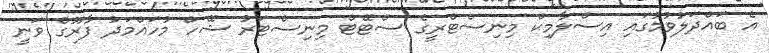
އެ ބައްދަލުވުމުގައި އިސްލާމިކް މިނިސްޓްރީގެ ސްޓޭޓް މިނިސްޓަރު ޝޭހް މުހައްމަދު ފާރޫގް ވަނީ